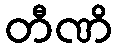
တီဏိ